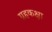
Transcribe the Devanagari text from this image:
ग्रहकक्षा